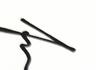
Signature authenticity: genuine